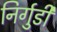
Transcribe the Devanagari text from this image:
निर्गुडी